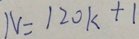
N = 1 2 0 k + 1